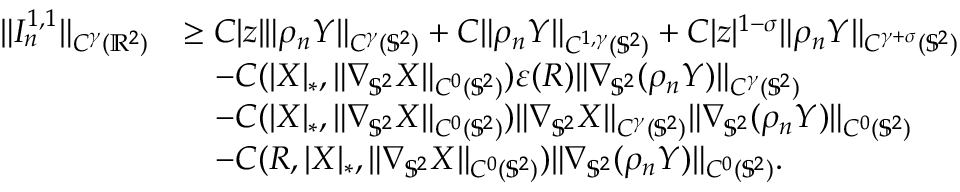
\begin{array} { r l } { \| I _ { n } ^ { 1 , 1 } \| _ { C ^ { \gamma } ( \mathbb { R } ^ { 2 } ) } } & { \geq C | z | \| \rho _ { n } \boldsymbol { Y } \| _ { C ^ { \gamma } ( \mathbb { S } ^ { 2 } ) } + C \| \rho _ { n } \boldsymbol { Y } \| _ { C ^ { 1 , \gamma } ( \mathbb { S } ^ { 2 } ) } + C | z | ^ { 1 - \sigma } \| \rho _ { n } \boldsymbol { Y } \| _ { C ^ { \gamma + \sigma } ( \mathbb { S } ^ { 2 } ) } } \\ & { \quad - C ( | \boldsymbol { X } | _ { * } , \| \nabla _ { \mathbb { S } ^ { 2 } } \boldsymbol { X } \| _ { C ^ { 0 } ( \mathbb { S } ^ { 2 } ) } ) \varepsilon ( R ) \| \nabla _ { \mathbb { S } ^ { 2 } } ( \rho _ { n } \boldsymbol { Y } ) \| _ { C ^ { \gamma } ( \mathbb { S } ^ { 2 } ) } } \\ & { \quad - C ( | \boldsymbol { X } | _ { * } , \| \nabla _ { \mathbb { S } ^ { 2 } } \boldsymbol { X } \| _ { C ^ { 0 } ( { \mathbb { S } ^ { 2 } } ) } ) \| \nabla _ { \mathbb { S } ^ { 2 } } \boldsymbol { X } \| _ { C ^ { \gamma } ( { \mathbb { S } ^ { 2 } } ) } \| \nabla _ { \mathbb { S } ^ { 2 } } ( \rho _ { n } \boldsymbol { Y } ) \| _ { C ^ { 0 } ( \mathbb { S } ^ { 2 } ) } } \\ & { \quad - C ( R , | \boldsymbol { X } | _ { * } , \| \nabla _ { \mathbb { S } ^ { 2 } } \boldsymbol { X } \| _ { C ^ { 0 } ( { \mathbb { S } ^ { 2 } } ) } ) \| \nabla _ { \mathbb { S } ^ { 2 } } ( \rho _ { n } \boldsymbol { Y } ) \| _ { C ^ { 0 } ( \mathbb { S } ^ { 2 } ) } . } \end{array}